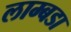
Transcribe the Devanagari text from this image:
लाम्बडा